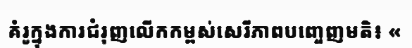
គំរូក្នុងការជំរុញលើកកម្ពស់សេរីភាពបញ្ចេញមតិ៖ «